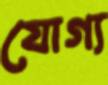
যোগ্য